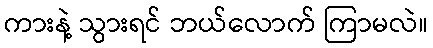
ကားနဲ့ သွားရင် ဘယ်လောက် ကြာမလဲ။